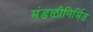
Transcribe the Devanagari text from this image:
मंडळीनिर्मित